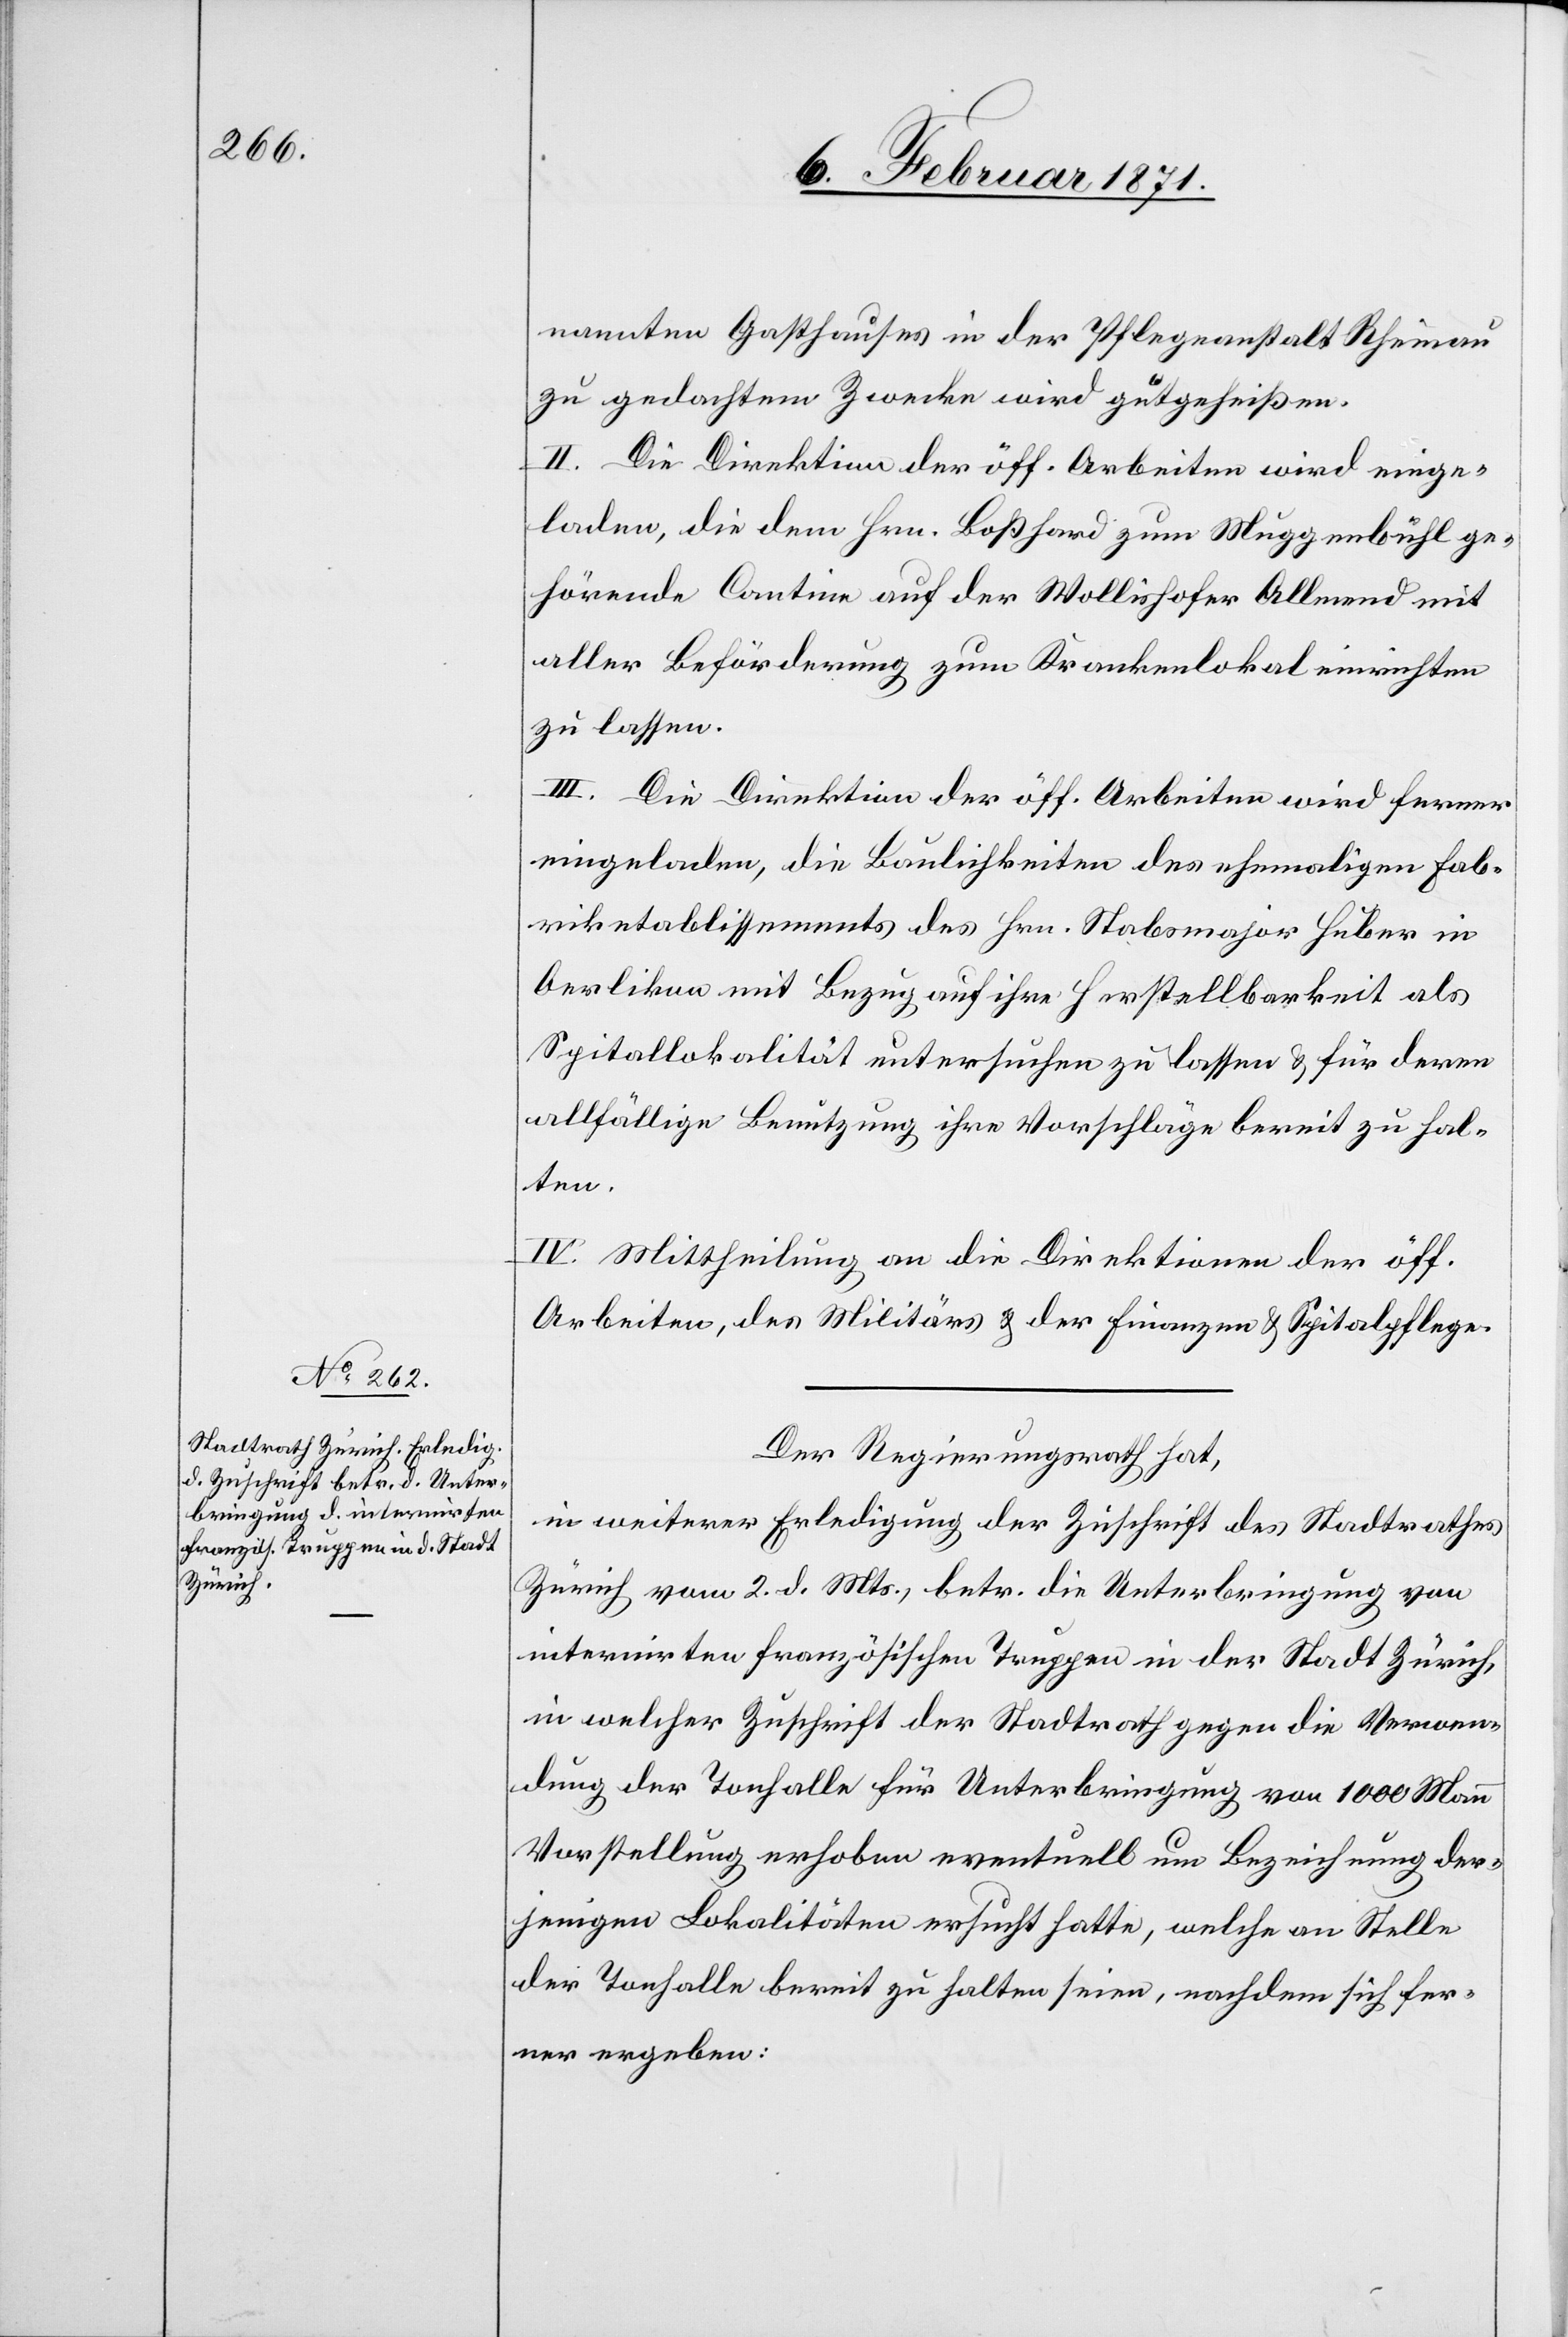
nannten Gasthauses in der Pflegeanstalt Rheinau
zu gedachtem Zwecke wird gutgeheißen.
II. Die Direktion der öff. Arbeiten wird einge¬
laden, die dem Hrn Boßhard zum Muggenbühl ge¬
hörende Cantine auf der Wollishofer Allmend mit
aller Beförderung zum Krankenlokal einrichten
zu lassen.
III. Die Direktion der öff. Arbeiten wird ferner
eingeladen, die Baulichkeiten des ehemaligen Fab¬
riketablissements des Hrn. Stabsmajor Huber in
Oerlikon mit Bezug auf ihre Herstellbarkeit als
Spitallokalität untersuchen zu lassen u. für deren
allfällige Benutzung ihre Vorschläge bereit zu hal¬
ten.
IV. Mittheilung an die Direktion der öff.
Arbeiten, des Militärs u. der Finanzen u. Spitalpflege.
Der Regierungsrath hat,
in weiterer Erledigung der Zuschrift des Stadtrathes
Zürich vom 2. d. Mts, betr. die Unterbringung von
internirten französischen Truppen in der Stadt Zürich,
in welcher Zuschrift der Stadtrath gegen die Verwen¬
dung der Tonhalle für Unterbringung von 1000 Mann
Vorstellung erhoben eventuell um Bezeichnung der¬
jenigen Lokalitäten ersucht hatte, welche an Stelle
der Tonhalle bereit zu halten seien, nachdem sich fer¬
ner ergeben: